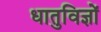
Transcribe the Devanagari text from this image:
धातुविज्ञों